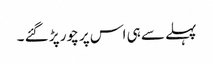
پہلے سے ہی اس پر چور پڑ گئے ۔